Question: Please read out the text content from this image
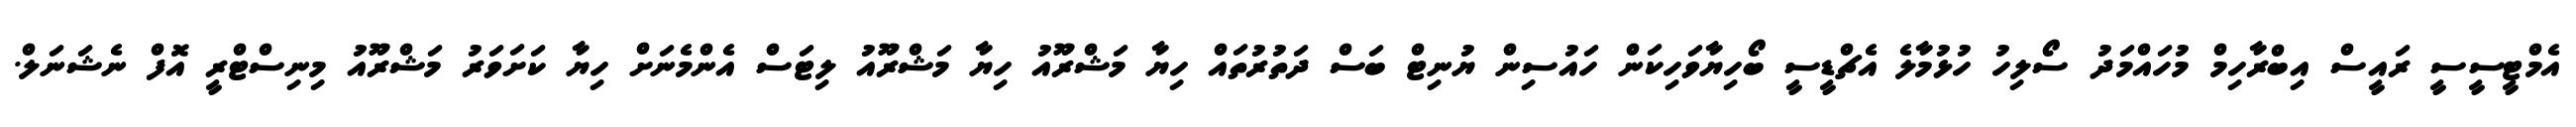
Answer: އެމްޓީސީސީ ރައީސް އިބްރާހިމް މުހައްމަދު ސޯލިހު ހުޅުމާލެ އެޗްޑީސީ ބޯހިޔާވަހިކަން ހައުސިން ޔުނިޓް ބަސް ދަތުރުތައް ހިޔާ މަޝްރޫއު ހިޔާ މަޝްރޫއު ލިޓަސް އެންމެނަށް ހިޔާ ކަށަވަރު މަޝްރޫއު މިނިސްޓްރީ އޮފް ނެޝަނަލް.